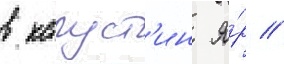
в капуст'ин я́р //